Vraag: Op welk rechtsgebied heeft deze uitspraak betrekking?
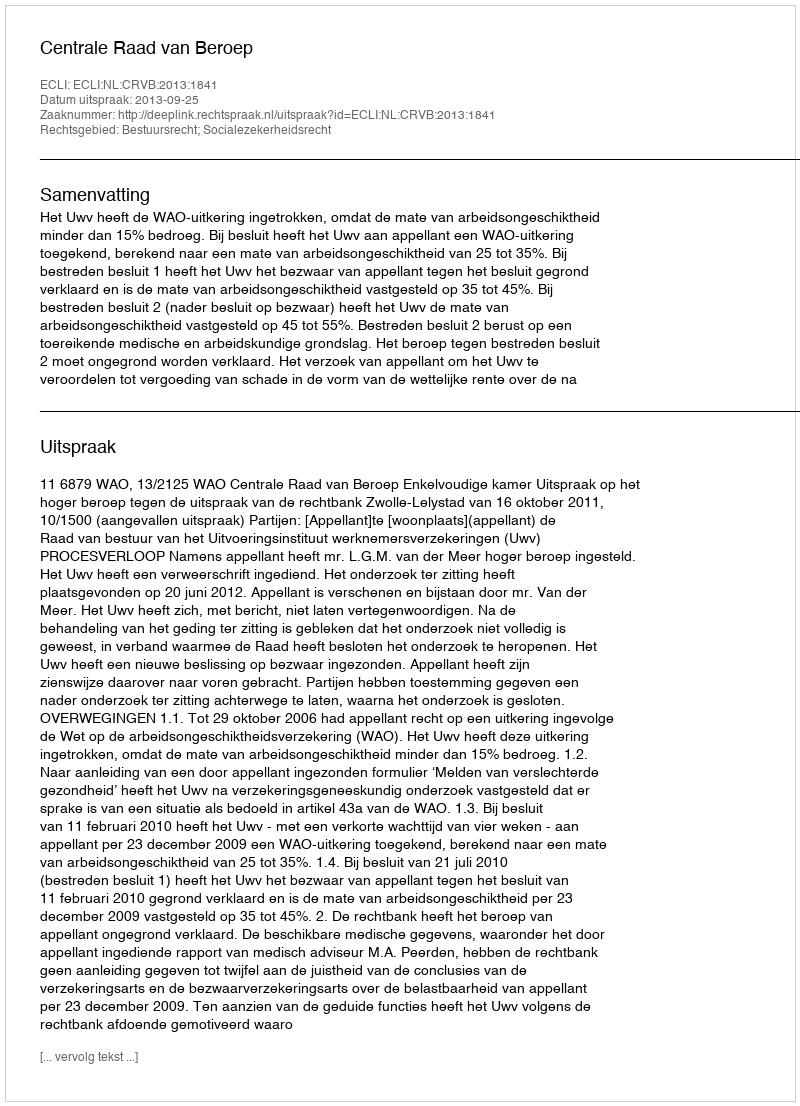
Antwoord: Bestuursrecht; Socialezekerheidsrecht